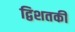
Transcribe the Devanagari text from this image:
द्विशतकी